Annual administration report of the Civil Veterinary Department of India - 1897-1898
Year: 1897
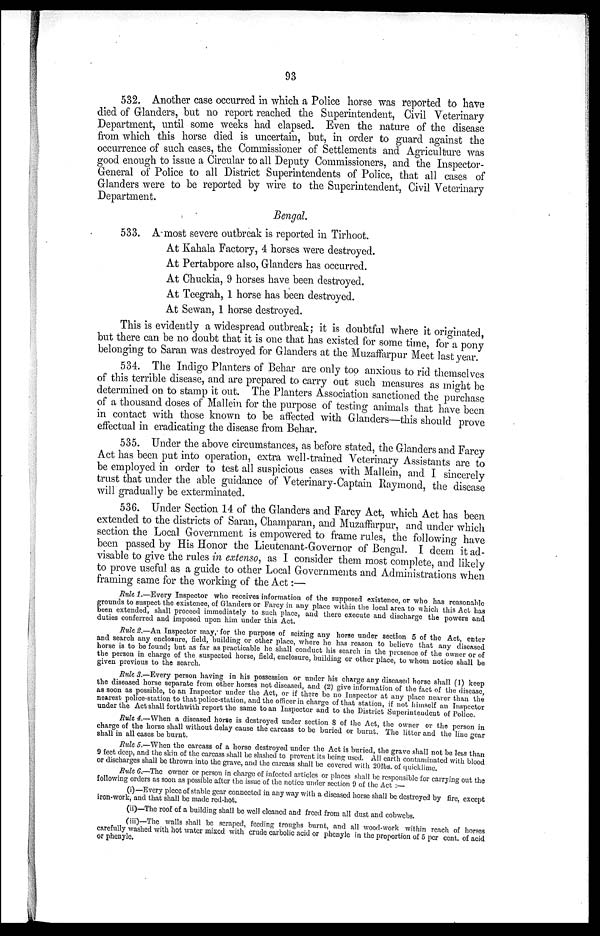
93
532. Another case occurred in which a Police horse was reported to have
died of Glanders, but no report reached the Superintendent, Civil Veterinary
Department, until some weeks had elapsed. Even the nature of the disease
from which this horse died is uncertain, but, in order to guard against the
occurrence of such cases, the Commissioner of Settlements and Agriculture was
good enough to issue a Circular to all Deputy Commissioners, and the Inspector-
General of Police to all District Superintendents of Police, that all cases of
Glanders were to be reported by wire to the Superintendent, Civil Veterinary
Department.
Bengal.
533. Amost severe outbreak is reported in Tirhoot.
At Kahala Factory, 4 horses were destroyed.
At Pertabpore also, Glanders has occurred.
At Chuckia, 9 horses have been destroyed.
At Teegrah, 1 horse has been destroyed.
At Sewan, 1 horse destroyed.
This is evidently a widespread outbreak; it is doubtful where it originated,
but there can be no doubt that it is one that has existed for some time, for a pony
belonging to Saran was destroyed for Glanders at the Muzaffarpur Meet last year.
534. The Indigo Planters of Behar are only too anxious to rid themselves
of this terrible disease, and are prepared to carry out such measures as might be
determined on to stamp it out. The Planters Association sanctioned the purchase
of a thousand doses of Mallein for the purpose of testing animals that have been
in contact with those known to be affected with Glanders—this should prove
effectual in eradicating the disease from Behar.
535. Under the above circumstances, as before stated, the Glanders and Farcy
Act has been put into operation, extra well-trained Veterinary Assistants are to
be employed in order to test all suspicious cases with Mallein, and I sincerely
trust that under the able guidance of Veterinary-Captain Raymond, the disease
will gradually be exterminated.
536. Under Section 14 of the Glanders and Farcy Act, which Act has been
extended to the districts of Saran, Champaran, and Muzaffarpur, and under which
section the Local Government is empowered to frame rules, the following have
been passed by His Honor the Lieutenant-Governor of Bengal. I deem it ad-
visable to give the rules in extenso, as I consider them most complete, and likely
to prove useful as a guide to other Local Governments and Administrations when
framing same for the working of the Act:—
Rule 1.—Every Inspector who receives information of the supposed existence, or who has reasonable
grounds to suspect the existence, of Glanders or Farcy in any place within the local area to which this Act has
been extended, shall proceed immediately to such place, and there execute and discharge the powers and
duties conferred and imposed upon him under this Act.
Rule 2.—An Inspector may, for the purpose of seizing any horse under section 5 of the Act, enter
and search any enclosure, field, building or other place, where he has reason to believe that any diseased
horse is to be found; but as far as practicable he shall conduct his search in the presence of the owner or of
the person in charge of the suspected horse, field, enclosure, building or other place, to whom notice shall be
given previous to the search.
Rule 3.—Every person having in his possession or under his charge any diseased horse shall (1) keep
the diseased horse separate from other horses not diseased, and (2) give information of the fact of the disease
as soon as possible, to an Inspector under the Act, or if there be no Inspector at any place nearer than the
nearest police-station to that police-station, and the officer in charge of that station, if not himself an Inspector
under the Act shall forthwith report the same to an Inspector and to the District Superintendent of Police.
Rule 4.—When a diseased horse is destroyed under section 8 of the Act, the owner or the person in
charge of the horse shall without delay cause the carcass to be buried or burnt. The litter and the line gear
shall in all cases be burnt.
Rule 5.—When the carcass of a horse destroyed under the Act is buried, the grave shall not be less than
9 feet deep, and the skin of the carcass shall be slashed to prevent its being used. All earth contaminated with blood
or discharges shall be thrown into the grave, and the carcass shall be covered with 20lbs. of quicklime.
Rule 6.—The owner or person in charge of infected articles or places shall be responsible for carrying out the
following orders as soon as possible after the issue of the notice under section 9 of the Act :—
(i)—Every piece of stable gear connected in any way with a diseased horse shall be destroyed by fire, except
iron-work, and that shall be made red-hot.
(ii)—The roof of a building shall be well cleaned and freed from all dust and cobwebs.
(iii)—The walls shall be scraped, feeding troughs burnt, and all wood-work within reach of horses
carefully washed with hot water mixed with crude carbolic acid or phenyle in the proportion of 5 per cent. of acid
or phenyle.